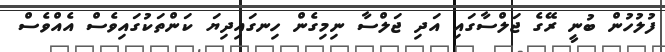
ފުލުހުން ބުނީ ރޭގެ ޖަލްސާގައި އަދި ޖަލްސާ ނިމިގެން ހިނގައިދިޔަ ކަންތަކުގައިވެސް އެއްވެސް